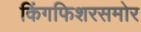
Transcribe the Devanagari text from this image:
किंगफिशरसमोर